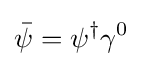
{\bar {\psi }}=\psi ^{\dagger }\gamma ^{0}